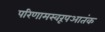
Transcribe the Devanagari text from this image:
परिणामस्वरूपआतंक